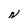
Character: N